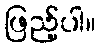
ဖြည့်ပါ။